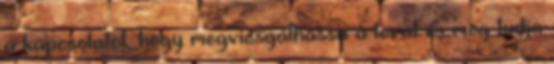
a kapcsolatot, hogy megvizsgálhassa a lovat és meg tudja